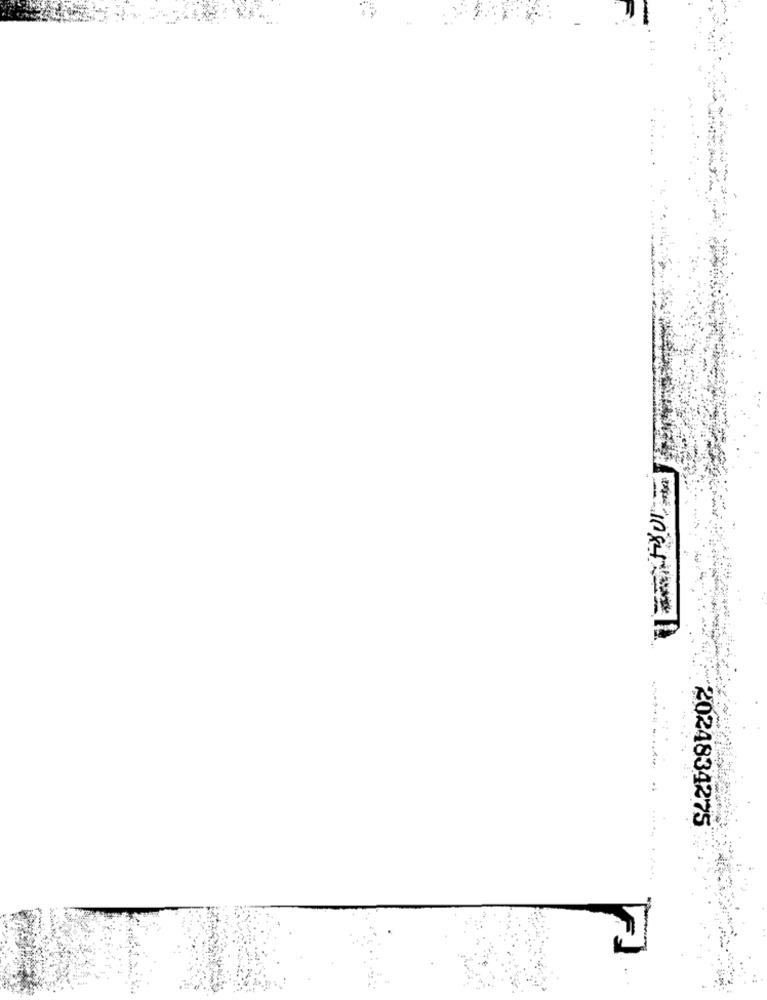
2024834275